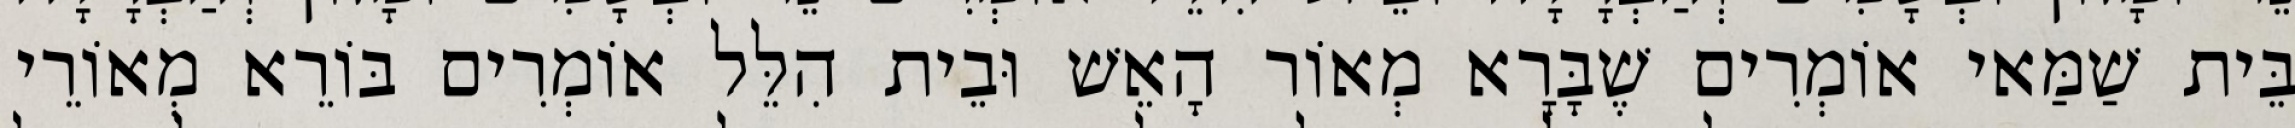
בֵּית שַׁמַּאי אוֹמְרִים שֶׁבָּרָא מְאוֹר הָאֵשׁ וּבֵית הִלֵּל אוֹמְרִים בּוֹרֵא מְאוֹרֵי